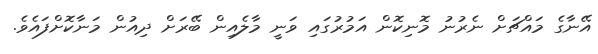
އޭނާގެ މައްޗަށް ނެރުނު މޮނިކޮން އަމުރުގަައި ވަނީ މާލެއިން ބޭރަށް ދިއުން މަނާކޮށްފައެވެ.